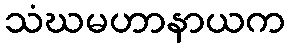
သံဃမဟာနာယက